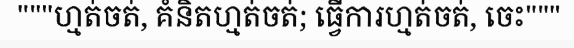
"""ហ្មត់ចត់, គំនិតហ្មត់ចត់; ធ្វើការហ្មត់ចត់, ចេះ"""